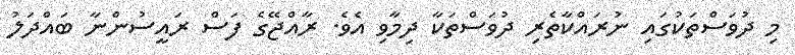
މި ދުވަސްތަކުގައި ނުރައްކާތެރި ދުވަސްތަކާ ދިމާވި އެވެ. ރާއްޖޭގެ ފަސް ރައީސުންނާ ބައްދަލު